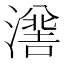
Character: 𭲯